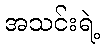
အသင်းရဲ့